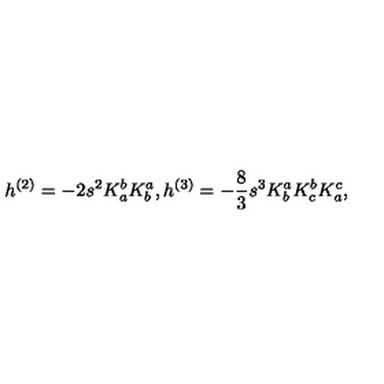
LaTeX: h ^ { ( 2 ) } = - 2 s ^ { 2 } K _ { a } ^ { b } K _ { b } ^ { a } , h ^ { ( 3 ) } = - \frac { 8 } { 3 } s ^ { 3 } K _ { b } ^ { a } K _ { c } ^ { b } K _ { a } ^ { c } ,